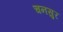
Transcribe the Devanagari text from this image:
चनसुर